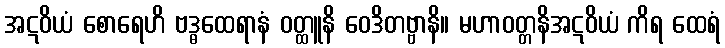
အဋဝိယံ စောရေဟိ ဗဒ္ဓထေရာနံ ဝတ္ထူနိ ဝေဒိတဗ္ဗာနိ။ မဟာဝတ္တနိအဋဝိယံ ကိရ ထေရံ